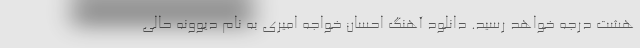
هشت درجه خواهد رسید. دانلود آهنگ احسان خواجه امیری به نام دیوونه حالی